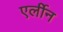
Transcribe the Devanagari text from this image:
एर्लीन